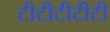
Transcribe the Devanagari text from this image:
टीटीटीटीटी